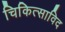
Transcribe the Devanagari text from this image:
चिकित्साविद